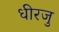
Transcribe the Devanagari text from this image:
धीरजु